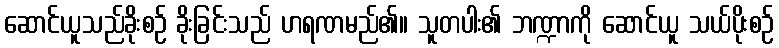
ဆောင်ယူသည်ခိုးစဉ် ခိုးခြင်းသည် ဟရဏမည်၏။ သူတပါး၏ ဘဏ္ဍာကို ဆောင်ယူ သယ်ပိုးစဉ်